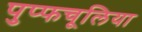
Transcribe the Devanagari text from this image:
पुप्फचूलिया